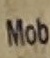
Mob